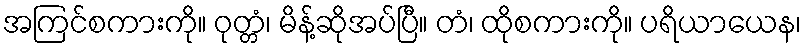
အကြင်စကားကို။ ဝုတ္တံ၊ မိန့်ဆိုအပ်ပြီ။ တံ၊ ထိုစကားကို။ ပရိယာယေန၊